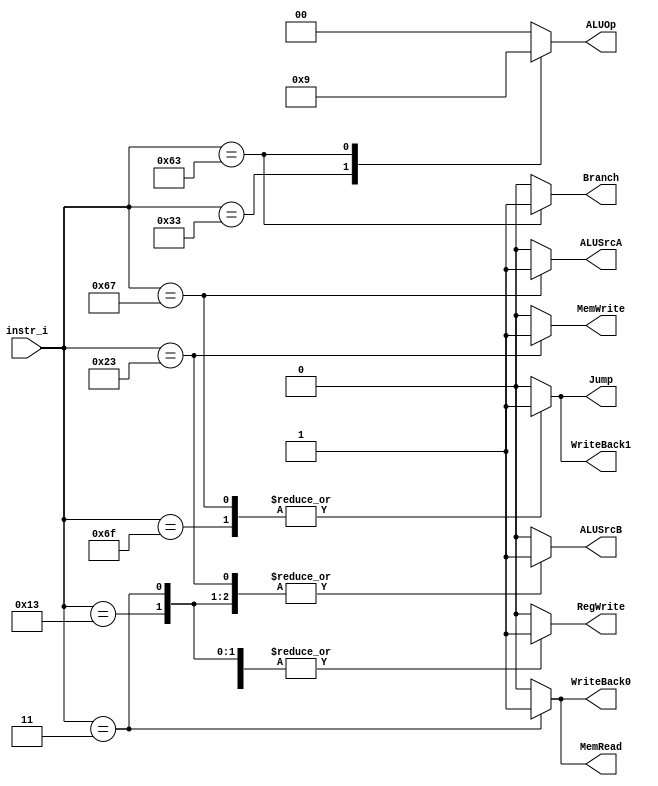

`timescale 1ns/1ps

module Decoder(
    input   [7-1:0]     instr_i,
    output              RegWrite,
    output              Branch,
    output              Jump,
    output              WriteBack1,
    output              WriteBack0,
    output              MemRead,
    output              MemWrite,
    output              ALUSrcA,
    output              ALUSrcB,
    output  [2-1:0]     ALUOp
);

/* Write your code HERE */
reg alusrc_A, alusrc_B, branch, regwrite, jump, write_back0, write_back1, mem_read, mem_write;
reg [1:0] aluop;
assign RegWrite = regwrite;
assign Branch = branch;
assign Jump = jump;
assign WriteBack1 = write_back1;
assign WriteBack0 = write_back0;
assign MemRead = mem_read;
assign MemWrite = mem_write;
assign ALUSrcA = alusrc_A;
assign ALUSrcB = alusrc_B;
assign ALUOp = aluop;
always@ (*) begin
	case(instr_i)
		7'b0110011: begin   //R-type
			regwrite <= 1;
			branch <= 0;
            jump <= 0;
            write_back1 <= 0;
            write_back0 <= 0;
            mem_read <= 0;
            mem_write <= 0;
            alusrc_A <= 0;
            alusrc_B <= 0;
			aluop <= 2'b10;
		end
        7'b0010011: begin   //addi
			regwrite <= 1;
			branch <= 0;
            jump <= 0;
            write_back1 <= 0;
            write_back0 <= 0;
            mem_read <= 0;
            mem_write <= 0;
            alusrc_A <= 0;
            alusrc_B <= 1;
			aluop <= 2'b00;
		end
		7'b0000011: begin   //lw
			regwrite <= 1;
			branch <= 0;
            jump <= 0;
            write_back1 <= 0;
            write_back0 <= 1;
            mem_read <= 1;
            mem_write <= 0;
            alusrc_A <= 0;
            alusrc_B <= 1;
			aluop <= 2'b00;
		end
		7'b0100011: begin   //sw
			regwrite <= 0;
			branch <= 0;
            jump <= 0;
            write_back1 <= 0;
            write_back0 <= 0;
            mem_read <= 0;
            mem_write <= 1;
            alusrc_A <= 0;
            alusrc_B <= 1;
			aluop <= 2'b00;
		end
		7'b1100011: begin   //branch
			regwrite <= 0;
			branch <= 1;
            jump <= 0;
            write_back1 <= 0;
            write_back0 <= 0;
            mem_read <= 0;
            mem_write <= 0;
            alusrc_A <= 0;
            alusrc_B <= 0;
			aluop <= 2'b01;
		end
        7'b1101111: begin   //jal
			regwrite <= 1;
			branch <= 0;
            jump <= 1;
            write_back1 <= 1;
            write_back0 <= 0;
            mem_read <= 0;
            mem_write <= 0;
            alusrc_A <= 0;
            alusrc_B <= 0;
			aluop <= 2'b00;
		end
        7'b1100111: begin   //jalr
			regwrite <= 1;
			branch <= 0;
            jump <= 1;
            write_back1 <= 1;
            write_back0 <= 0;
            mem_read <= 0;
            mem_write <= 0;
            alusrc_A <= 1;
            alusrc_B <= 0;
			aluop <= 2'b00;
		end
        default: begin
            regwrite <= 0;
			branch <= 0;
            jump <= 0;
            write_back1 <= 0;
            write_back0 <= 0;
            mem_read <= 0;
            mem_write <= 0;
            alusrc_A <= 0;
            alusrc_B <= 0;
			aluop <= 2'b00;
        end
	endcase
end

endmodule